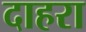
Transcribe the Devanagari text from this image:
दाहरा